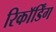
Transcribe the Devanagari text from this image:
रिकाॅर्डिंग